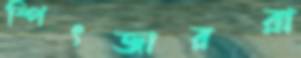
স্পিৎজাররা